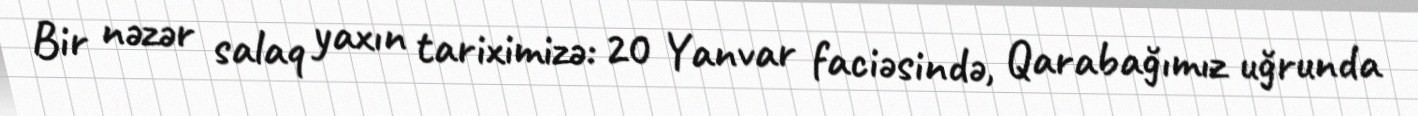
Bir nəzər salaq yaxın tariximizə: 20 Yanvar faciəsində, Qarabağımız uğrunda